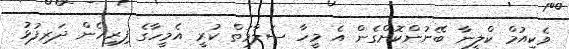
ވެކިއުމް ކްލީނާ ބޭނުންކޮށްގެން އެ މީހާ ސަލާމަތް ކުރީ އެމީހާގެ ފިރިހެން ދަރިފުޅު